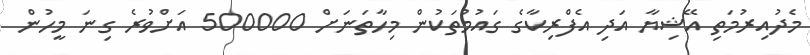
މެދުއިރުމަތި އޭޝިޔާ އަދި އެފްރިކާގެ ގައުމުތަކުން މިހާތަނަށް 500000 އަށްވުރެ ގިނަ މީހުން